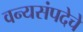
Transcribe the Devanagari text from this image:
वन्यसंपदेचे